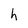
Character: h